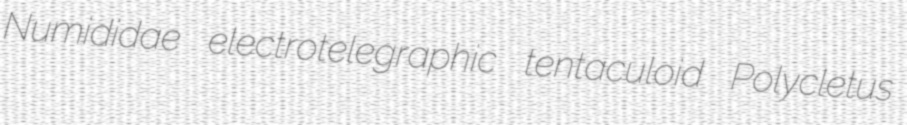
Numididae electrotelegraphic tentaculoid Polycletus